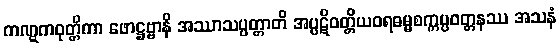
ကဏ္ဋကဝုတ္တိကာ ဖောဋ္ဌဗ္ဗာနိ အဿာသပ္ပတ္တာတိ အပ္ပဋိဝတ္တိယဝရဓမ္မစက္ကပ္ပဝတ္တနဿ အသနံ